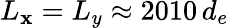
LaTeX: L_{\mathbf{x}}=L_{y}\approx2010\, d_{e}